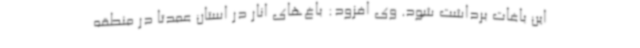
این باغات برداشت شود. وی افزود: باغ‌های انار در استان عمدتاً در منطقه